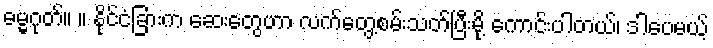
ဓမ္မဂုတ်။ ။ နိုင်ငံခြားက ဆေးတွေဟာ လက်တွေ့စမ်းသတ်ပြီးမို့ ကောင်းပါတယ်၊ ဒါပေမယ့်